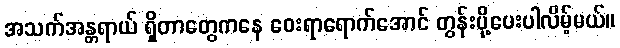
အသက်အန္တရာယ် ရှိတာတွေကနေ ဝေးရာရောက်အောင် တွန်းပို့ပေးပါလိမ့်မယ်။